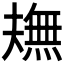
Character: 𤏠